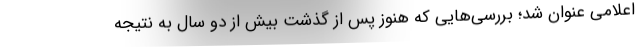
اعلامی عنوان شد؛ بررسی‌هایی که هنوز پس از گذشت بیش از دو سال به نتیجه